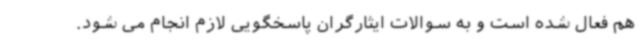
هم فعال شده است و به سوالات ایثارگران پاسخگویی لازم انجام می شود.